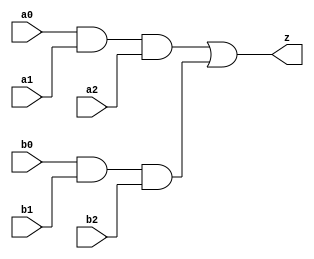
// This program was cloned from: https://github.com/aolofsson/oh
// License: MIT License

//#############################################################################
//# Function: And-Or (ao33) Gate                                              #
//# Copyright: OH Project Authors. ALl rights Reserved.                       #
//# License:  MIT (see LICENSE file in OH repository)                         # 
//#############################################################################

module oh_ao33 #(parameter DW = 1 ) // array width
   (
    input [DW-1:0]  a0,
    input [DW-1:0]  a1,
    input [DW-1:0]  a2,
    input [DW-1:0]  b0,
    input [DW-1:0]  b1,
    input [DW-1:0]  b2, 
    output [DW-1:0] z
    );
   
   assign z = (a0 & a1 & a2) | (b0 & b1 & b2);
   
endmodule